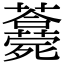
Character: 𣩾